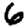
Digit: 6